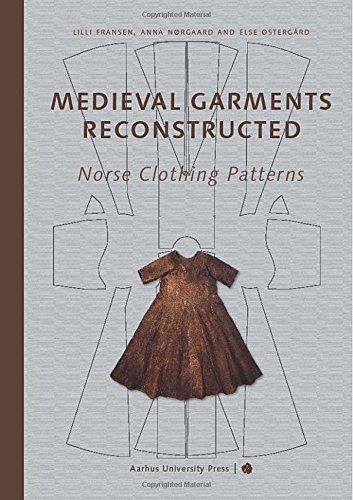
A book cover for Medieval Garments Reconstructed: Norse Clothing Patterns; Lilli Fransen; History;